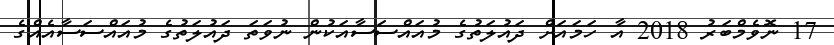
17 ނޮވެމްބަރު 2018 އާ ހަމައަށް ދައުލަތުގެ މުއައްސަސާއަކުން ނުވަތަ ދައުލަތުގެ މުއައްސަސާއެއްގެ